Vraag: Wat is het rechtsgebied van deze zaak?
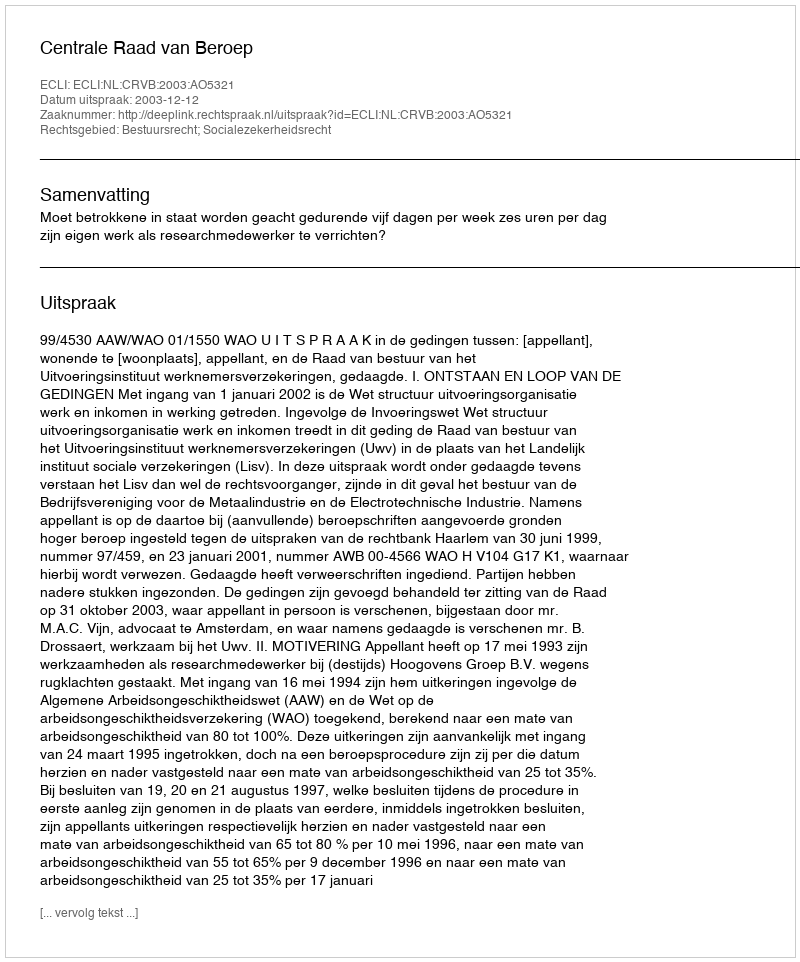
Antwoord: Bestuursrecht; Socialezekerheidsrecht